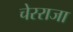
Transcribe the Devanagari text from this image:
चेरराजा